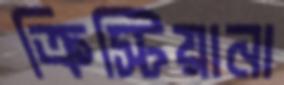
ক্রিস্টিয়ানা